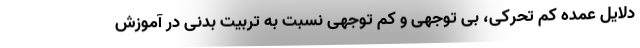
دلایل عمده کم تحرکی، بی توجهی و کم توجهی نسبت به تربیت بدنی در آموزش